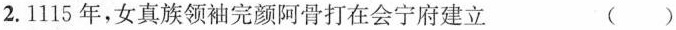
2. 1115年，女真族领袖完颜阿骨打在会宁府建立 ( )